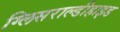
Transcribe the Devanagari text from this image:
ग्लिसराल्डीहाइड